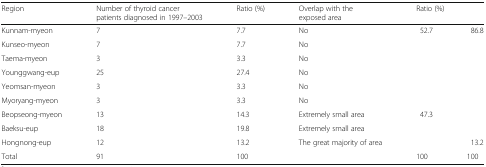
<table><thead><tr><td><b>Region</b></td><td><b>Number of thyroid cancer patients diagnosed in 1997–2003</b></td><td><b>Ratio (%)</b></td><td><b>Overlap with the exposed area</b></td><td colspan="2"><b>Ratio (%)</b></td></tr></thead><tbody><tr><td>Kunnam-myeon</td><td>7</td><td>7.7</td><td>No</td><td rowspan="6">52.7</td><td rowspan="8">86.8</td></tr><tr><td>Kunseo-myeon</td><td>7</td><td>7.7</td><td>No</td></tr><tr><td>Taema-myeon</td><td>3</td><td>3.3</td><td>No</td></tr><tr><td>Younggwang-eup</td><td>25</td><td>27.4</td><td>No</td></tr><tr><td>Yeomsan-myeon</td><td>3</td><td>3.3</td><td>No</td></tr><tr><td>Myoryang-myeon</td><td>3</td><td>3.3</td><td>No</td></tr><tr><td>Beopseong-myeon</td><td>13</td><td>14.3</td><td>Extremely small area</td><td rowspan="3">47.3</td></tr><tr><td>Baeksu-eup</td><td>18</td><td>19.8</td><td>Extremely small area</td></tr><tr><td>Hongnong-eup</td><td>12</td><td>13.2</td><td>The great majority of area</td><td>13.2</td></tr><tr><td>Total</td><td>91</td><td>100</td><td></td><td>100</td><td>100</td></tr></tbody></table>